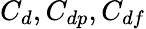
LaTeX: C_{d},C_{dp},C_{df}